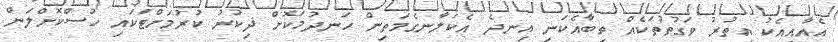
އެއާއިއެކު އިތުރު ވަގުތުތަކެއް ތިބާއެކަނި އިނދެ އެކަލާނގެމަތިން ހަނދުމަކޮށް ޛިކުރު ކުރުމަށްޓަކައި ހުސްކޮށްލަން